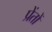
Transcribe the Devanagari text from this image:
प्रेंतों